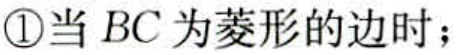
\textcircled{1}当 \(BC\) 为菱形的边时；